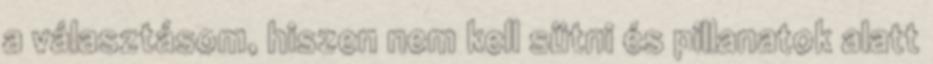
a választásom, hiszen nem kell sütni és pillanatok alatt